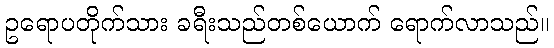
ဥရောပတိုက်သား ခရီးသည်တစ်ယောက် ရောက်လာသည်။